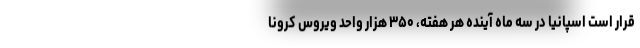
قرار است اسپانیا در سه ماه آینده هر هفته، ۳۵۰ هزار واحد ویروس کرونا